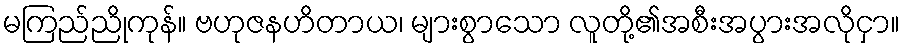
မကြည်ညိုကုန်။ ဗဟုဇနဟိတာယ၊ များစွာသော လူတို့၏အစီးအပွားအလိုငှာ။